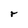
Character: r